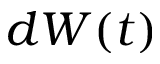
d W ( t )